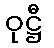
ဝုဋ္ဌီ